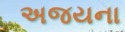
અજયના